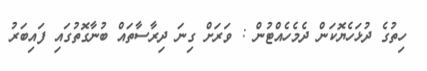
ހިތުގެ ދުޅަހެޔޮކަން ދެމެެހެއްޓުން : ވަރަށް ގިނަ ދިރާސާތައް ބުނާގޮތުގައި ފައިބަރު